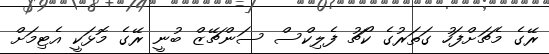
ރޭގެ މެޗަށްފަހު ގަތަރުގެ ކޯޗު ފެލިކްސް ސަންޗޭޒް ބުނީ ރޭގެ މޮޅަކީ އެޓިމަށް